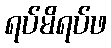
ရပ်မိရပ်ဖ